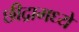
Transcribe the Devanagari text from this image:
छीद्रामध्ये